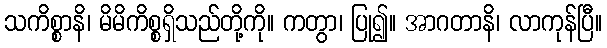
သကိစ္စာနိ၊ မိမိကိစ္စရှိသည်တို့ကို။ ကတွာ၊ ပြု၍။ အာဂတာနိ၊ လာကုန်ပြီ။